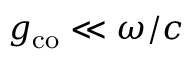
g _ { \mathrm { c o } } \ll \omega / c